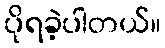
ပိုရခဲ့ပါတယ်။